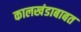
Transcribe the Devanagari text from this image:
कालखंडाबाबत